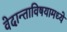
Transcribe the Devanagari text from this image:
वेदान्ताविषयामध्ये